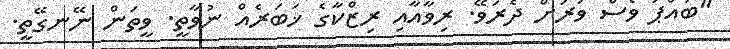
"ބައްޕަ ވެސް ވަރަށް ދެރަވޭ. ރިވާއާއި ރިޒްކާގެ ޚަބަރެއް ނުވާތީ. ވީތަން ނޭނގޭތީ.